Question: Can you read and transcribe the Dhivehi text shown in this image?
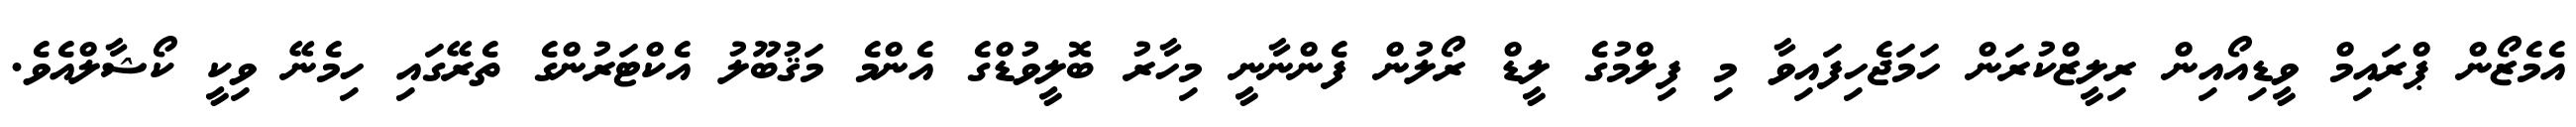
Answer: އެމެޒޯން ޕްރައިމް ވީޑިއޯއިން ރިލީޒްކުރަން ހަމަޖެހިފައިވާ މި ފިލްމުގެ ލީޑް ރޯލުން ފެންނާނީ މިހާރު ބޮލީވުޑްގެ އެންމެ މަޤުބޫލު އެކްޓަރުންގެ ތެރޭގައި ހިމެނޭ ވިކީ ކޯޝާލްއެވެ.